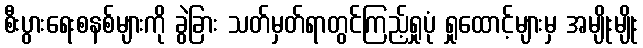
စီးပွားရေးစနစ်များကို ခွဲခြား သတ်မှတ်ရာတွင်ကြည့်ရှုပုံ ရှုထောင့်များမှ အမျိုးမျိုး